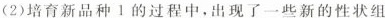
(2)培育新品种 1 的过程中，出现了一些新的性状组